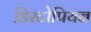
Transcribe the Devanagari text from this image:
डिस्टोपियन